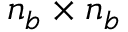
n _ { b } \times n _ { b }